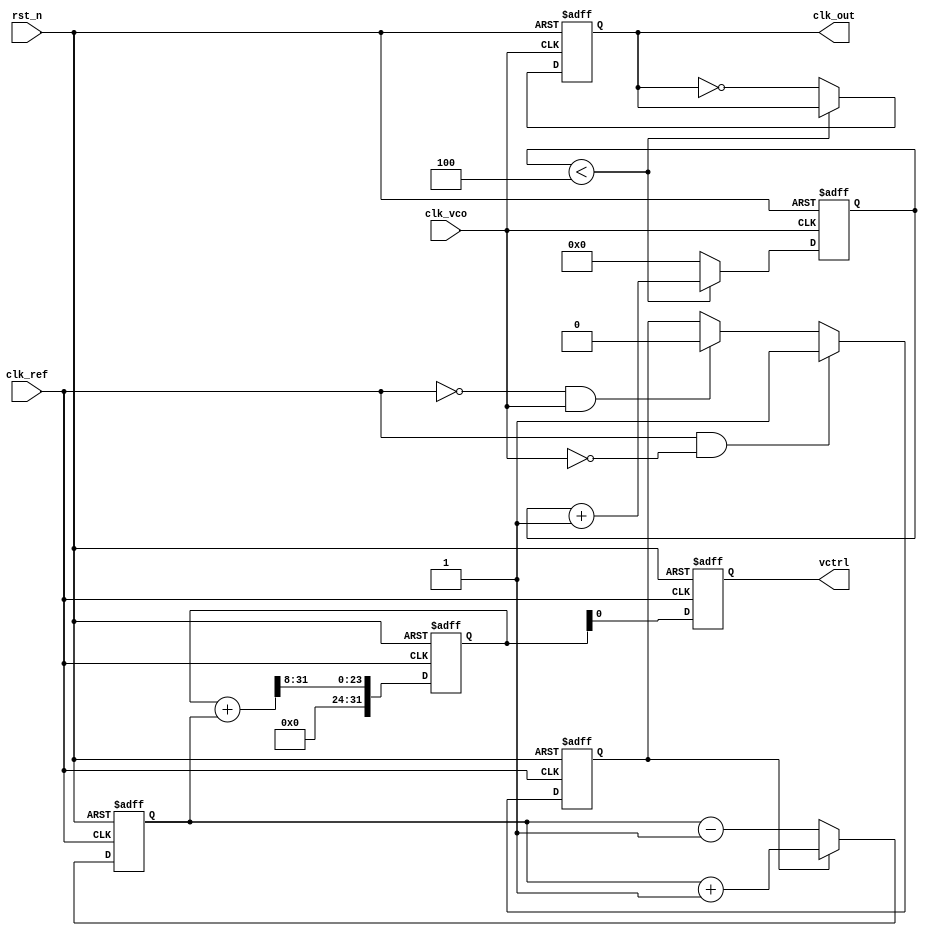
module frac_n_pll (
    input wire clk_ref,          // Reference clock input
    input wire rst_n,            // Active low reset
    input wire clk_vco,          // VCO clock output
    output reg clk_out,          // Output clock
    output reg vctrl             // Control voltage output
);

// Parameters for the PLL
parameter N = 4;                // Integer division factor
parameter M = 3;                // Fractional division factor
parameter LOOP_FILTER_GAIN = 8; // Gain for the loop filter

// Internal signals
reg [31:0] phase_error;         // Phase error signal
reg [31:0] charge_pump_output;  // Charge pump output
reg [31:0] loop_filter_output;   // Loop filter output
reg [31:0] vco_frequency;        // VCO frequency control
reg [31:0] divider_count;        // Divider count for feedback
reg [31:0] fractional_counter;   // Counter for fractional division
reg pfd_output;                 // PFD output signal

// Phase Frequency Detector (PFD)
always @(posedge clk_ref or negedge rst_n) begin
    if (!rst_n) begin
        phase_error <= 0;
        pfd_output <= 0;
    end else begin
        // Simple PFD logic
        if (clk_ref && !clk_vco) begin
            phase_error <= phase_error + 1; // Reference clock leads
            pfd_output <= 1; // Charge pump up
        end else if (!clk_ref && clk_vco) begin
            phase_error <= phase_error - 1; // Feedback clock leads
            pfd_output <= 0; // Charge pump down
        end
    end
end

// Charge Pump
always @(posedge clk_ref or negedge rst_n) begin
    if (!rst_n) begin
        charge_pump_output <= 0;
    end else begin
        if (pfd_output) begin
            charge_pump_output <= charge_pump_output + 1; // Up
        end else begin
            charge_pump_output <= charge_pump_output - 1; // Down
        end
    end
end

// Loop Filter (Simple Integrator)
always @(posedge clk_ref or negedge rst_n) begin
    if (!rst_n) begin
        loop_filter_output <= 0;
    end else begin
        loop_filter_output <= (loop_filter_output + charge_pump_output) >> LOOP_FILTER_GAIN; // Simple filter
    end
end

// Voltage-Controlled Oscillator (VCO)
always @(posedge clk_ref or negedge rst_n) begin
    if (!rst_n) begin
        vco_frequency <= 0;
    end else begin
        vco_frequency <= loop_filter_output; // Control frequency based on loop filter output
    end
end

// Frequency Divider
always @(posedge clk_vco or negedge rst_n) begin
    if (!rst_n) begin
        divider_count <= 0;
        fractional_counter <= 0;
        clk_out <= 0;
    end else begin
        if (divider_count < N) begin
            divider_count <= divider_count + 1;
        end else begin
            divider_count <= 0;
            clk_out <= ~clk_out; // Toggle output clock
            fractional_counter <= (fractional_counter + 1) % M; // Handle fractional part
        end
    end
end

// Control Voltage Output
always @(posedge clk_ref or negedge rst_n) begin
    if (!rst_n) begin
        vctrl <= 0;
    end else begin
        vctrl <= loop_filter_output; // Output control voltage
    end
end

endmodule